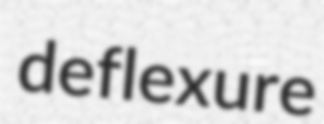
deflexure